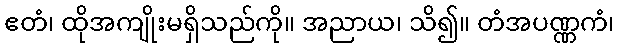
ဧတံ၊ ထိုအကျိုးမရှိသည်ကို။ အညာယ၊ သိ၍။ တံအပဏ္ဏကံ၊